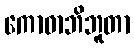
ကောဓာဘိဘူတာ